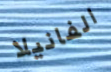
الفانيلا